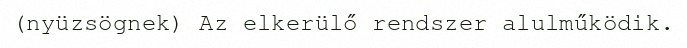
(nyüzsögnek) Az elkerülő rendszer alulműködik.